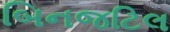
બિનજટિલ